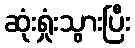
ဆုံးရှုံးသွားပြီး